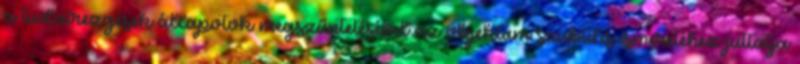
a tudatrezgések állapotok megszűntetésével az objektum szubtilis ismeretéhez juttatja